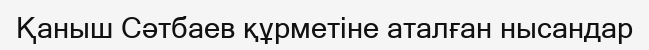
Қаныш Сәтбаев құрметіне аталған нысандар